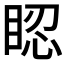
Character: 𥆾